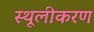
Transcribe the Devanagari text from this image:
स्थूलीकरण